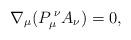
LaTeX: \begin{align*}\nabla_{\mu}(P_{\mu}^{\; \nu}A_{\nu})=0,\end{align*}